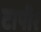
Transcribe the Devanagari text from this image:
टापीर